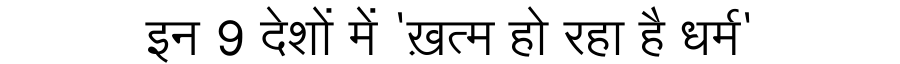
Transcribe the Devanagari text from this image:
इन 9 देशों में 'ख़त्म हो रहा है धर्म'